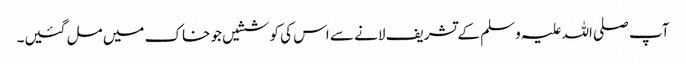
آپ صلی اللہ علیہ وسلم کے تشریف لانے سے اس کی کوششیں جو خاک میں مل گئیں۔